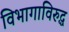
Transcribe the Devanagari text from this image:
विभागाविरुद्ध